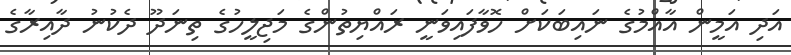
އަދި އަމީން އާއްމުގެ ނައިބަކަށް ހޮވާފައިވަނީ ރައްޔިތުންގެ މަޖިލީހުގެ ތިނަދޫ ދެކުނު ދާއިރާގެ